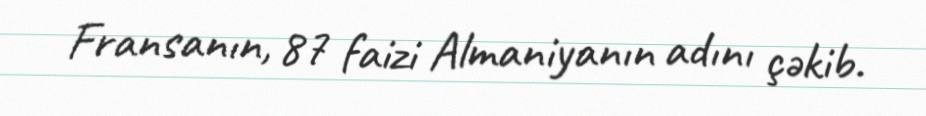
Fransanın, 87 faizi Almaniyanın adını çəkib.